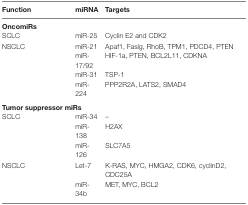
| Function | miRNA | Targets |
 | --- | --- | --- |
 | <COLSPAN=3> OncomiRs |
 | SCLC | miR-25 | Cyclin E2 and CDK2 |
 | <ROWSPAN=4> NSCLC | miR-21 | Apaf1, Faslg, RhoB, TPM1, PDCD4, PTEN |
 | miR-17/92 | HIF-1a, PTEN, BCL2L11, CDKNA |
 | miR-31 | TSP-1 |
 | miR-224 | PPP2R2A, LATS2, SMAD4 |
 | <COLSPAN=3> Tumor suppressor miRs |
 | SCLC | miR-34 | – |
 |  | miR-138 | H2AX |
 |  | miR-126 | SLC7A5 |
 | <ROWSPAN=2> NSCLC | Let-7 | K-RAS, MYC, HMGA2, CDK6, cyclinD2, CDC25A |
 | miR-34b | MET, MYC, BCL2 |